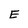
Character: E